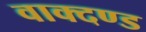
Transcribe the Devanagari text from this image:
वाक्दण्ड